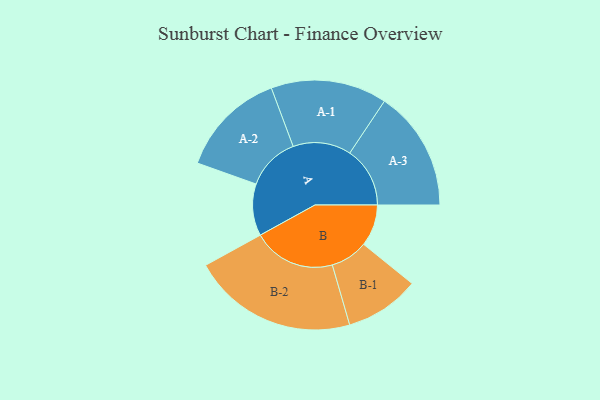
{"axis": {"x": "Segment", "y": "Value"}, "legend": ["", "A", "B"], "data": [{"x": "A", "y": 168, "type": ""}, {"x": "B", "y": 135, "type": ""}, {"x": "A-1", "y": 188, "type": "A"}, {"x": "A-2", "y": 173, "type": "A"}, {"x": "A-3", "y": 195, "type": "A"}, {"x": "B-1", "y": 121, "type": "B"}, {"x": "B-2", "y": 268, "type": "B"}]}